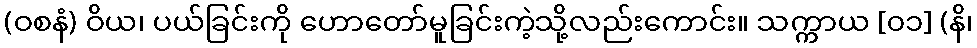
(ဝစနံ) ဝိယ၊ ပယ်ခြင်းကို ဟောတော်မူခြင်းကဲ့သို့လည်းကောင်း။ သက္ကာယ [၀၁] (နိ၊